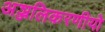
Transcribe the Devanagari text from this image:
अञ्जलिकरणीयो